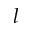
l